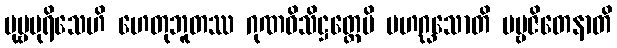
ပုဗ္ဗပုရိသေဟိ ဟေတုဘူတဿ ဂုဏဝိသိဋ္ဌတ္တေပိ မဟဂ္ဃသောတိ ပဗ္ဗဇိတေနာတိ